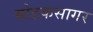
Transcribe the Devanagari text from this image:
मोडकसागर